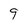
Character: 9